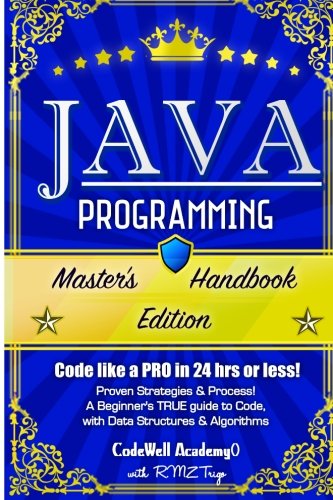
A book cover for Java Programming: Master's Handbook:  A TRUE Beginner's Guide! Problem Solving, Code, Data Science,  Data Structures & Algorithms (Code like a PRO in ... web design, tech, perl, ajax, swift, python); Codewell Academy; Computers & Technology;